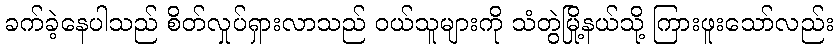
ခက်ခဲ့နေပါသည် စိတ်လှုပ်ရှားလာသည် ဝယ်သူများကို သံတွဲမြို့နယ်သို့ ကြားဖူးသော်လည်း